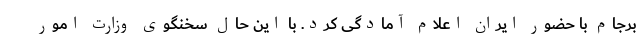
برجام با حضور ایران اعلام آمادگی کرد. با این حال سخنگوی وزارت امور